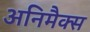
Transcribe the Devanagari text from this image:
अनिमैक्स